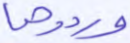
وردوها